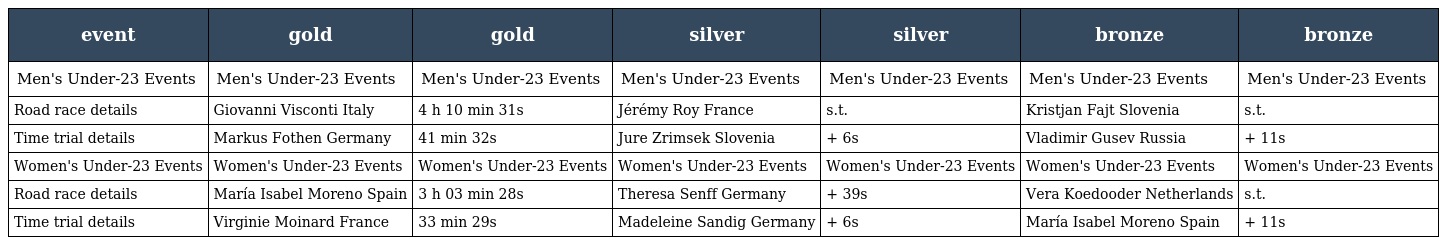
| event | gold | gold | silver | silver | bronze | bronze |
 | --- | --- | --- | --- | --- | --- | --- |
 | Men's Under-23 Events | Men's Under-23 Events | Men's Under-23 Events | Men's Under-23 Events | Men's Under-23 Events | Men's Under-23 Events | Men's Under-23 Events |
 | Road race details | Giovanni Visconti Italy | 4 h 10 min 31s | Jérémy Roy France | s.t. | Kristjan Fajt Slovenia | s.t. |
 | Time trial details | Markus Fothen Germany | 41 min 32s | Jure Zrimsek Slovenia | + 6s | Vladimir Gusev Russia | + 11s |
 | Women's Under-23 Events | Women's Under-23 Events | Women's Under-23 Events | Women's Under-23 Events | Women's Under-23 Events | Women's Under-23 Events | Women's Under-23 Events |
 | Road race details | María Isabel Moreno Spain | 3 h 03 min 28s | Theresa Senff Germany | + 39s | Vera Koedooder Netherlands | s.t. |
 | Time trial details | Virginie Moinard France | 33 min 29s | Madeleine Sandig Germany | + 6s | María Isabel Moreno Spain | + 11s |